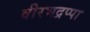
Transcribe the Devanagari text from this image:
वीरभद्रप्पा